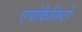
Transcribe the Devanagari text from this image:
एपोकैलिप्टो